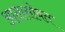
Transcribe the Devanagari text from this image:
आग्रासोबत